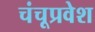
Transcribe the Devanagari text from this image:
चंचूप्रवेश